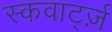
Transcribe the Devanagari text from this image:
स्कवार्ट्ज़